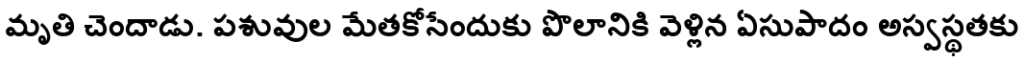
మృతి చెందాడు. పశువుల మేతకోసేందుకు పొలానికి వెళ్లిన ఏసుపాదం అస్వస్థతకు